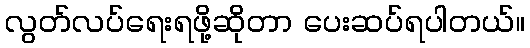
လွတ်လပ်ရေးရဖို့ဆိုတာ ပေးဆပ်ရပါတယ်။